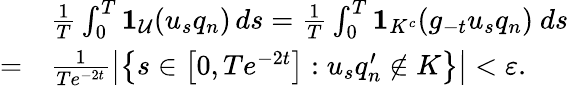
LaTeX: \begin{array}{rl}&{\frac{1}{T}\int_{0}^{T}\mathbf{1}_{\mathcal{U}}(u_{s}q_{n})\, ds=\frac{1}{T}\int_{0}^{T}\mathbf{1}_{K^{c}}(g_{-t}u_{s}q_{n})\ ds}\\ {=}&{\frac{1}{Te^{-2t}}\left|\left\{ s\in\left[0,Te^{-2t}\right]:u_{s}q_{n}^{\prime}\notin K\right\} \right|<\varepsilon.}\end{array}